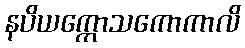
နပိယက္ကောသကောကာလိ